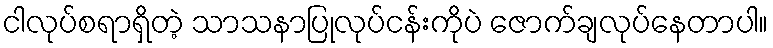
ငါလုပ်စရာရှိတဲ့ သာသနာပြုလုပ်ငန်းကိုပဲ ဇောက်ချလုပ်နေတာပါ။